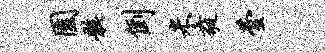
园骸倒米蕤芸